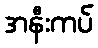
အနီးကပ်